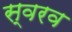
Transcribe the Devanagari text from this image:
स्वरव